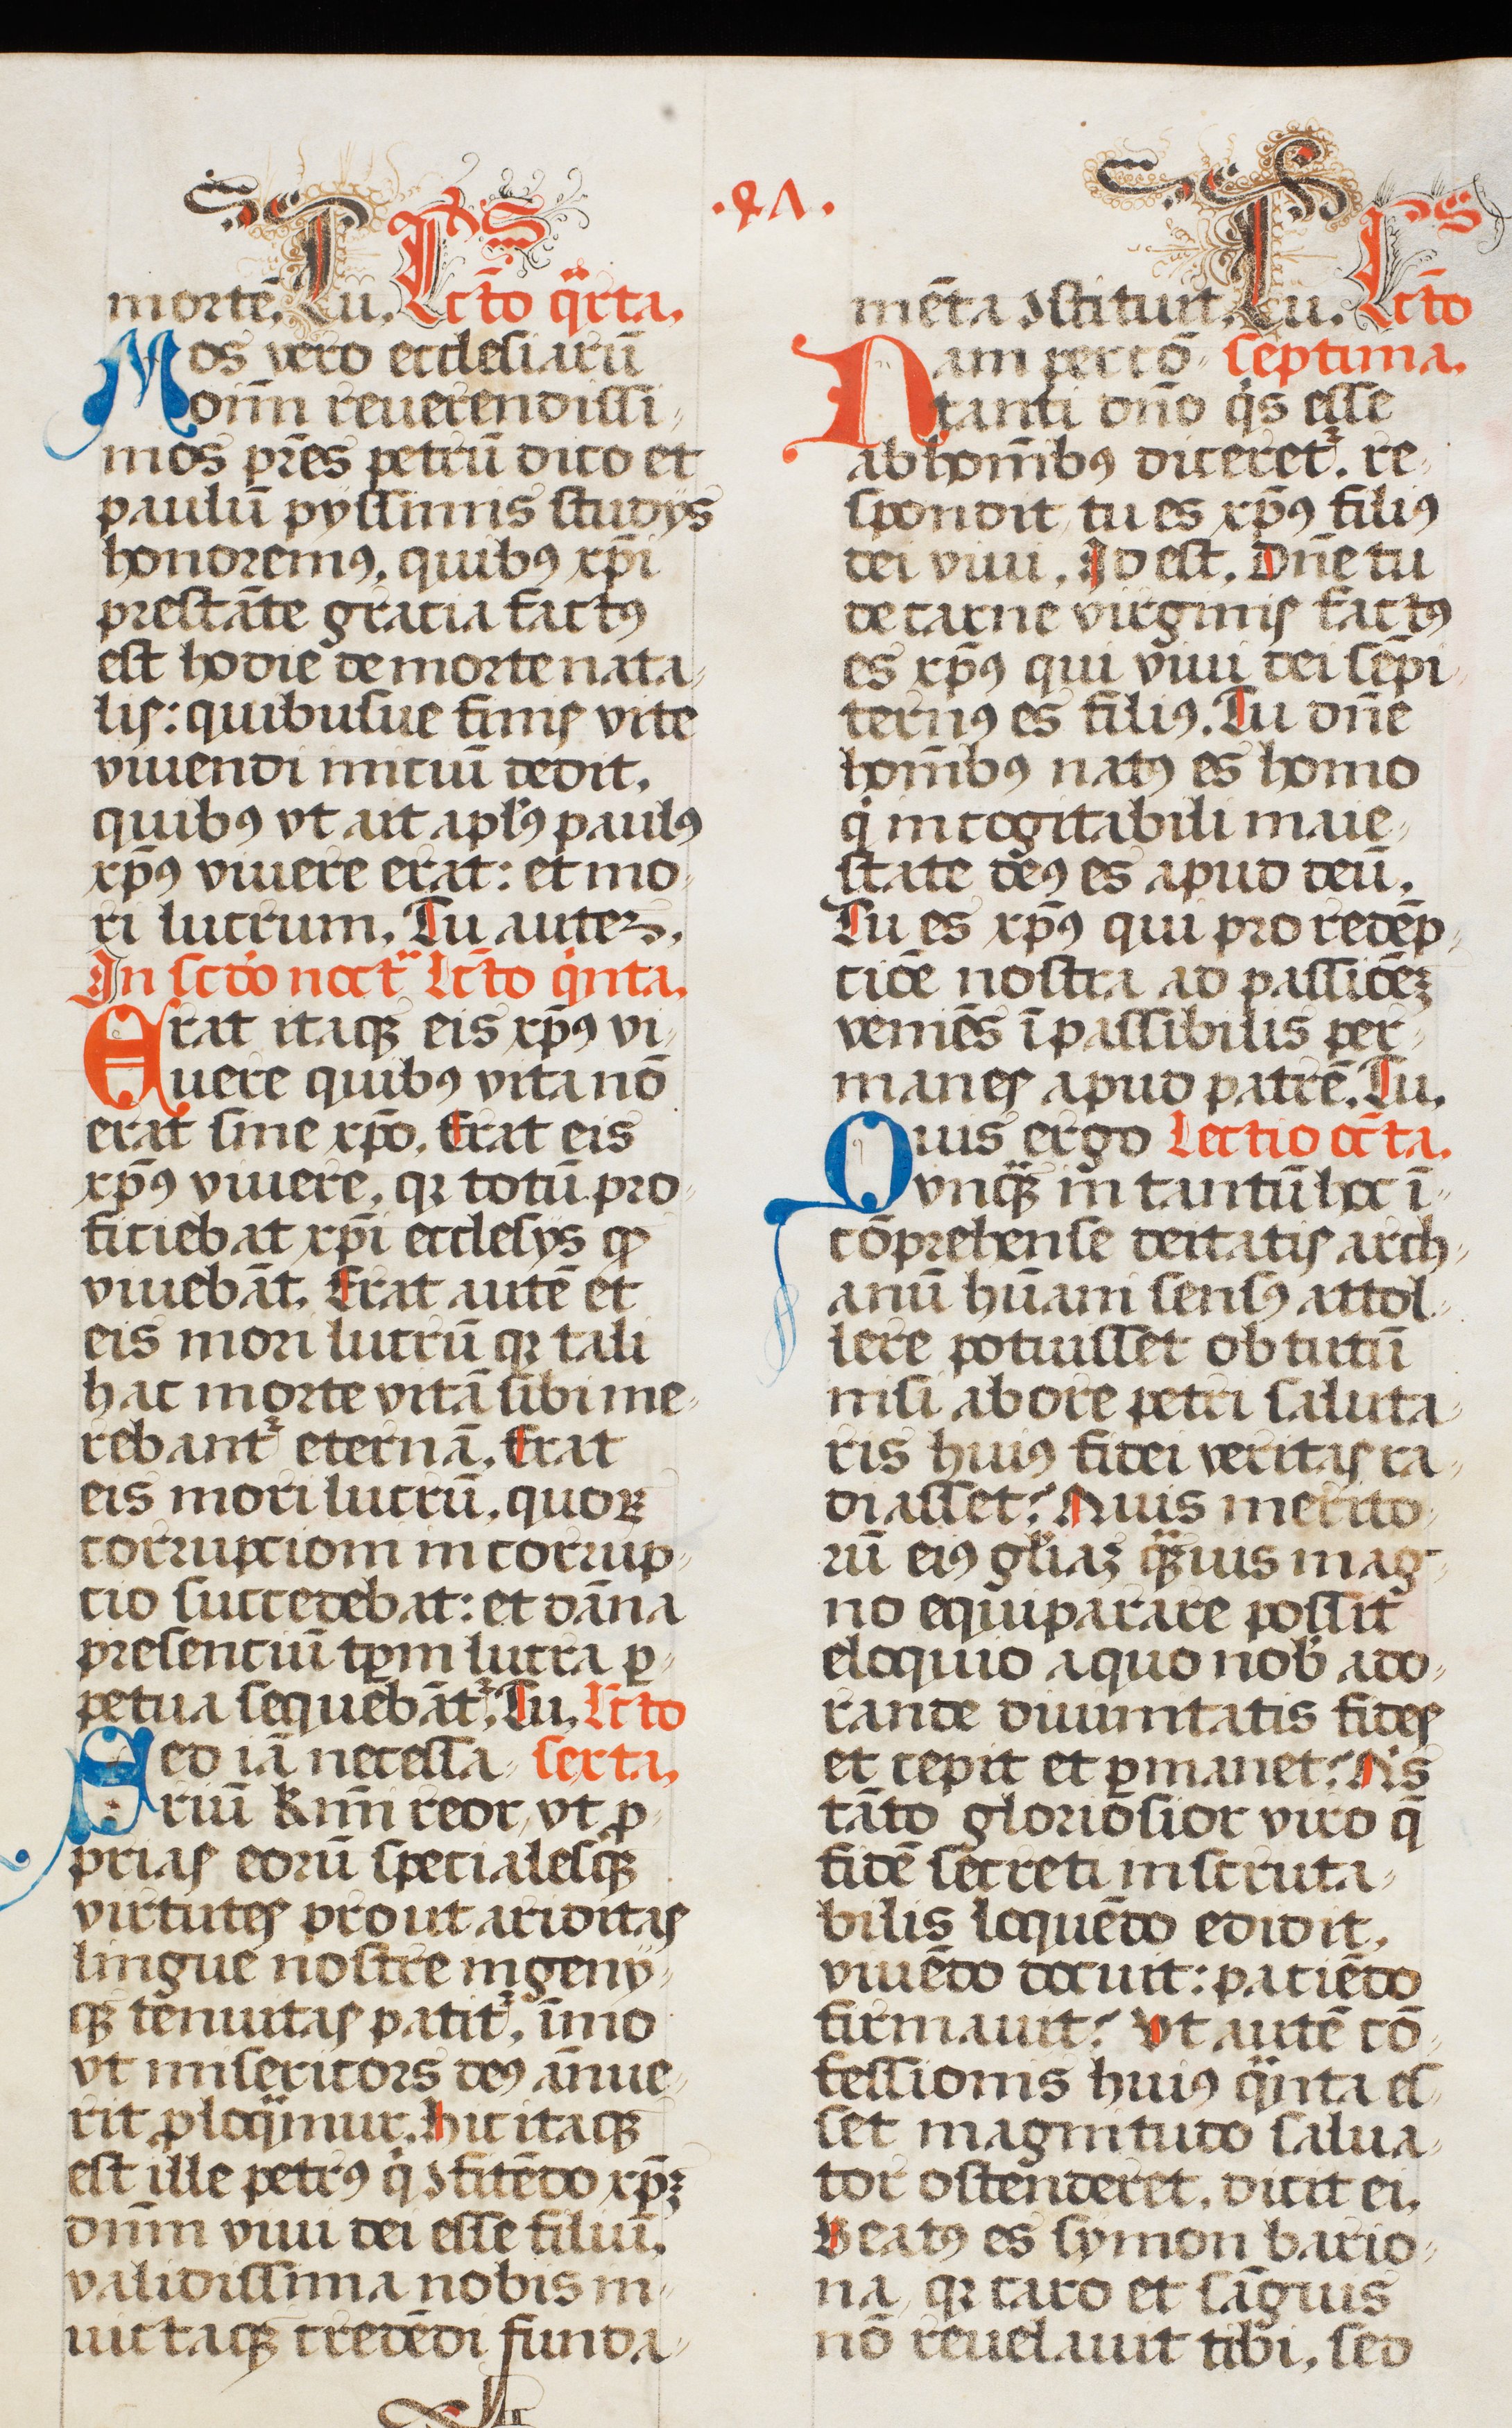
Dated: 1507–1517